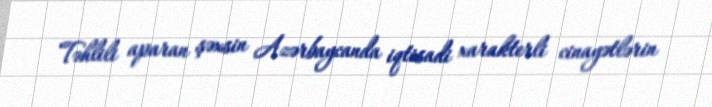
Təhlili aparan şəxsin Azərbaycanda iqtisadi xarakterli cinayətlərin